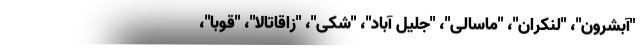
"آبشرون"، "لنکران"، "ماسالی"، "جلیل آباد"، "شکی"، "زاقاتالا"، "قوبا"،